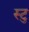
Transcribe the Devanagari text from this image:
स्टु